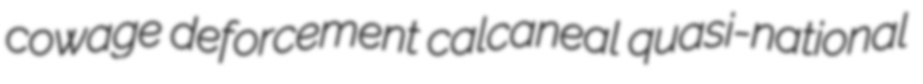
cowage deforcement calcaneal quasi-national